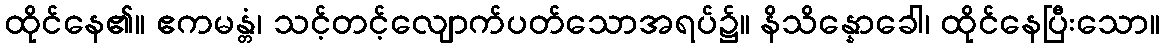
ထိုင်နေ၏။ ဧကမန္တံ၊ သင့်တင့်လျောက်ပတ်သောအရပ်၌။ နိသိန္နောခေါ၊ ထိုင်နေပြီးသော။